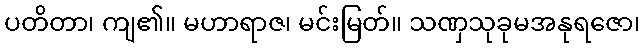
ပတိတာ၊ ကျ၏။ မဟာရာဇ၊ မင်းမြတ်။ သဏှသုခုမအနုရဇော၊